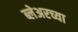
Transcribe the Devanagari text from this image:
ब्लेअरच्या